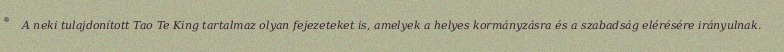
A neki tulajdonított Tao Te King tartalmaz olyan fejezeteket is, amelyek a helyes kormányzásra és a szabadság elérésére irányulnak.